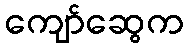
ကျော်ဆွေက